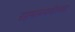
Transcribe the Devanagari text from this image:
रहमानपर्यंतच्या